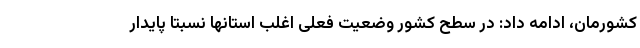
کشورمان، ادامه داد: در سطح کشور وضعیت فعلی اغلب استانها نسبتا پایدار